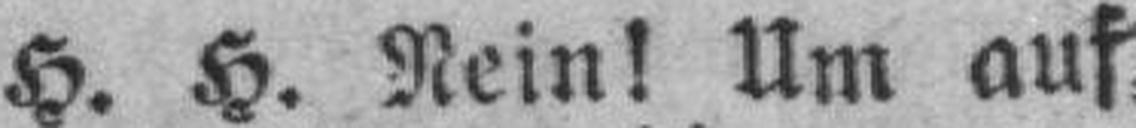
H. H. Nein! Um auf